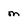
Character: M